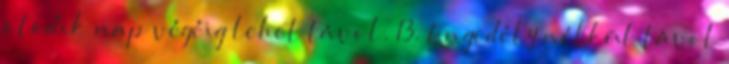
ötödik nap végéig lehet távol. 13. Engedély nélkül távol